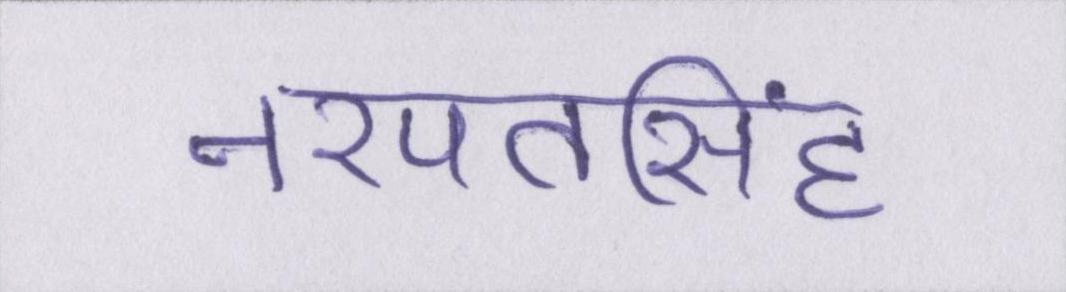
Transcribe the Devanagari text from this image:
नरपतसिंह